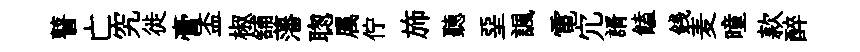
瞽亡究徙膏盃椒舖藩聦属佇斾聽堊諷電宂諝饁銭麦曈款醉